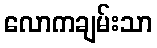
လောကချမ်းသာ